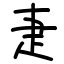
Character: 疌